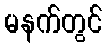
မနက်တွင်